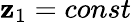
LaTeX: \mathbf{z}_{1}=const